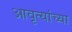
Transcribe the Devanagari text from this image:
आवृत्यांच्या